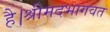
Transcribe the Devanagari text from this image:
है।श्रीमदभागवत